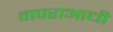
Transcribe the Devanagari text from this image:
वापराआधी